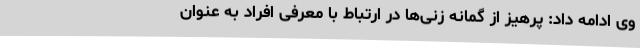
وی ادامه داد: پرهیز از گمانه‌ زنی‌ها در ارتباط با معرفی افراد به عنوان